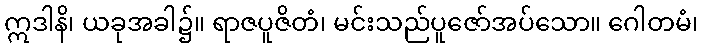
ဣဒါနိ၊ ယခုအခါ၌။ ရာဇပူဇိတံ၊ မင်းသည်ပူဇော်အပ်သော။ ဂေါတမံ၊